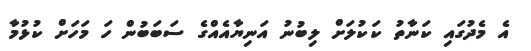
އެ މެދުގައި ކަނާތު ކަކުލަށް ލިބުނު އަނިޔާއެއްގެ ސަބަބުން ހަ މަހަށް ކުޅުމާ